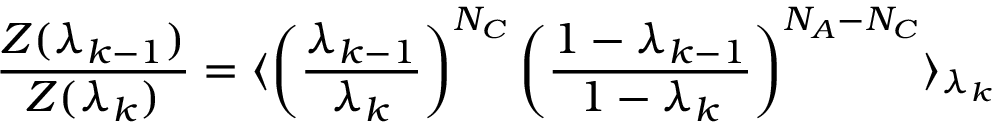
\frac { Z ( \lambda _ { k - 1 } ) } { Z ( \lambda _ { k } ) } = \langle \left( \frac { \lambda _ { k - 1 } } { \lambda _ { k } } \right) ^ { N _ { C } } \left( \frac { 1 - \lambda _ { k - 1 } } { 1 - \lambda _ { k } } \right) ^ { N _ { A } - N _ { C } } \rangle _ { \lambda _ { k } }